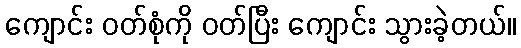
ကျောင်း ဝတ်စုံကို ဝတ်ပြီး ကျောင်း သွားခဲ့တယ်။